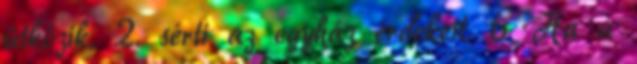
ütközik, 2. sérti az egyház érdekeit. 6 Ha a